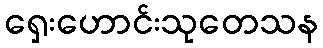
ရှေးဟောင်းသုတေသန